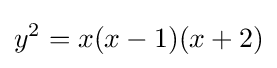
y^{2}=x(x-1)(x+2)